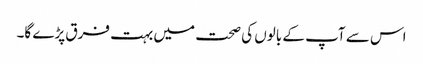
اس سے آپ کے بالوں کی صحت میں بہت فرق پڑے گا۔